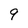
Character: 9